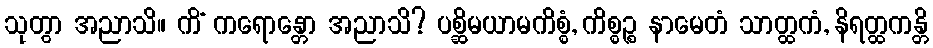
သုတွာ အညာသိ။ ကိံ ကရောန္တော အညာသိ? ပစ္ဆိမယာမကိစ္စံ, ကိစ္စဉ္စ နာမေတံ သာတ္ထကံ, နိရတ္ထကန္တိ